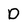
Character: D